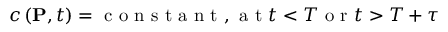
c \left( \mathbf { P } , t \right) = \mathrm { ~ c ~ o ~ n ~ s ~ t ~ a ~ n ~ t ~ , ~ a ~ t ~ } t < T \mathrm { ~ o ~ r ~ } t > T + \tau